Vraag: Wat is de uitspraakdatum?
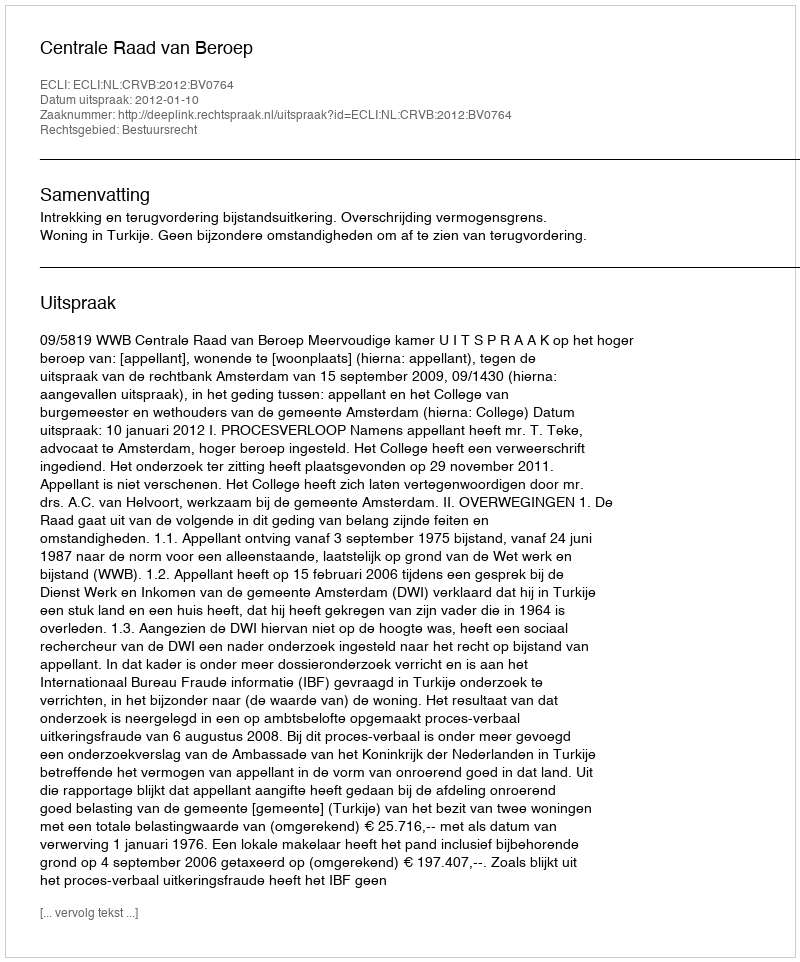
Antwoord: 2012-01-10